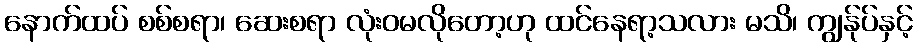
နောက်ထပ် စစ်စရာ၊ ဆေးစရာ လုံးဝမလိုတော့ဟု ထင်နေရာ့သလား မသိ၊ ကျွန်ုပ်နှင့်